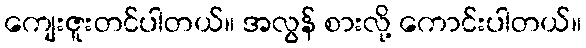
ကျေးဇူးတင်ပါတယ်။ အလွန် စားလို့ ကောင်းပါတယ်။